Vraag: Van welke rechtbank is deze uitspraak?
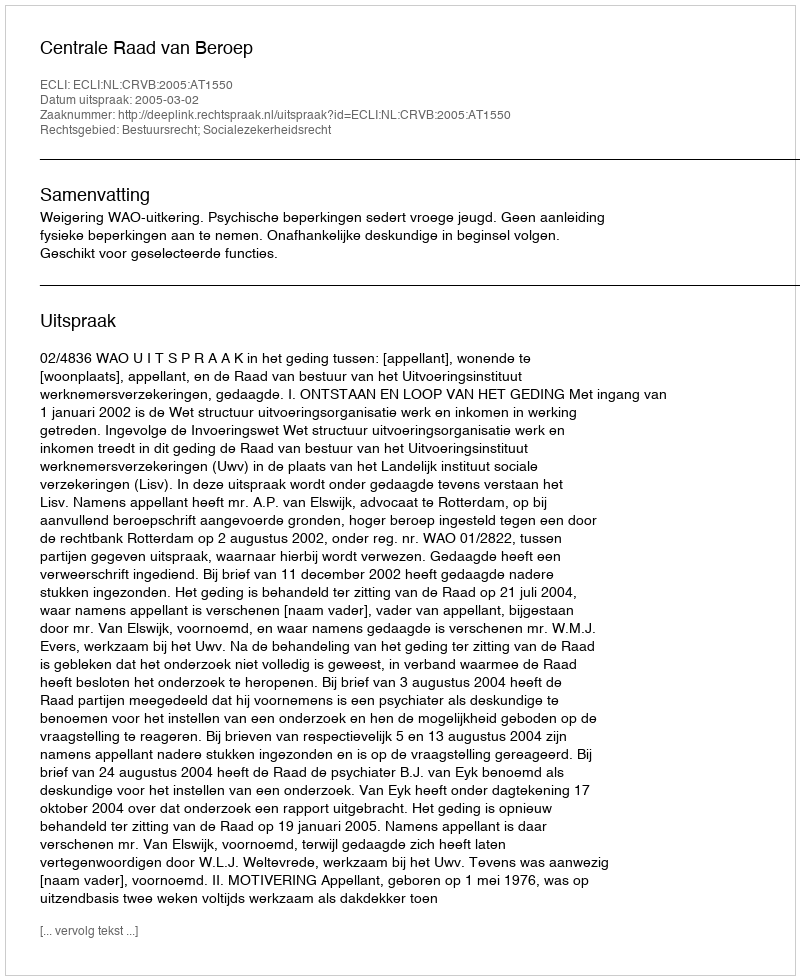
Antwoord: Centrale Raad van Beroep